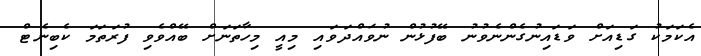
އެކަމަކު ގަޑިއަށް ވަޑައިނުގެންނެވުނު ބޭފުޅުން ނުވައްދަވައި މިއީ މިހާތަނަށް ބޭއްވެވި ފުރަތަމަ ކެބިނެޓް